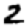
Digit: 2